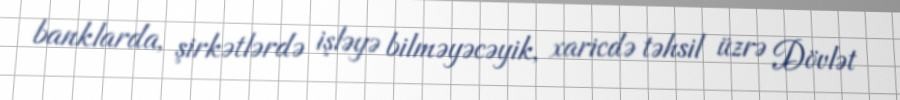
banklarda, şirkətlərdə işləyə bilməyəcəyik, xaricdə təhsil üzrə Dövlət